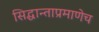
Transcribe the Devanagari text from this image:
सिद्धान्ताप्रमाणेच